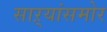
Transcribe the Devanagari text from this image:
साऱ्यांसमोर